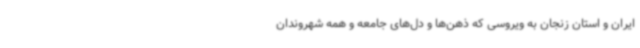
ایران و استان زنجان به ویروسی که ذهن‌ها و دل‌های جامعه و همه شهروندان